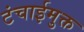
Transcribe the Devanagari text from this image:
टंचाईमुक्त